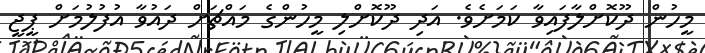
މީހުން ދޫކޮށްލާފައިވާ ކަމަށެވެ. އަދި ދޫކޮށްލި މީހުންގެ މައްޗަށް ދައުވާ އުފުލުމަށް ޕީޖީ